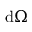
\mathrm { d } \Omega